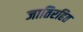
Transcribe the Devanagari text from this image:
जातिरहित